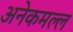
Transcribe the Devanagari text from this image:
अनेकमल्ल